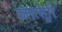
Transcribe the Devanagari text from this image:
कलत्सूरि